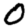
Digit: 0